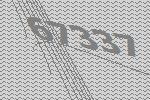
67337